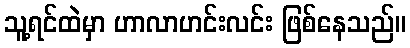
သူ့ရင်ထဲမှာ ဟာလာဟင်းလင်း ဖြစ်နေသည်။